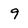
Character: 9